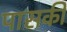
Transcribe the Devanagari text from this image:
पासकी